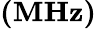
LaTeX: \boldsymbol{(\mathrm{{MHz})}}